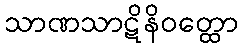
သာဏသာဋိနိဝတ္ထော